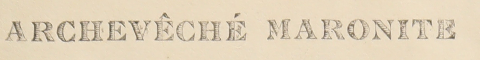
ARCHEVÊCHÉ MARONITE